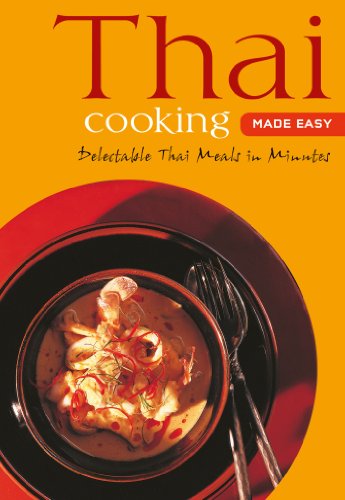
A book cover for Thai Cooking Made Easy: Delectable Thai Meals in Minutes [Thai Cookbook, Over 60 Recipes] (Learn to Cook Series); Cookbooks, Food & Wine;